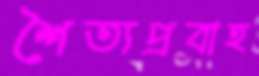
শৈত্যপ্রবাহ